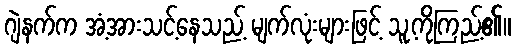
ဂျဲနက်က အံ့အားသင့်နေသည့် မျက်လုံးများဖြင့် သူ့ကိုကြည့်၏။